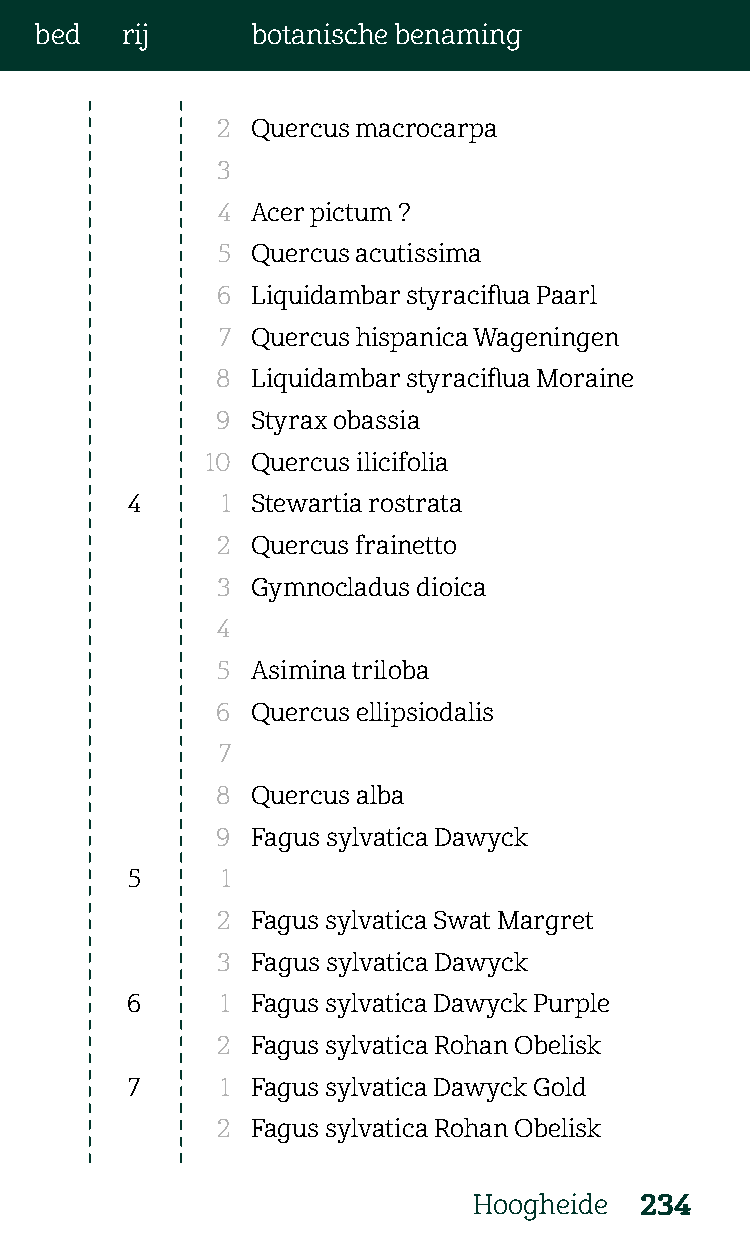
bed   rij      botanische benaming
 2  Quercus macrocarpa
 3
 4  Acer pictum ?
 5  Quercus acutissima
 6  Liquidambar styraciflua Paarl
 7  Quercus hispanica Wageningen
 8  Liquidambar styraciflua Moraine
 9  Styrax obassia
 10 Quercus ilicifolia
 4      1 Stewartia rostrata
 2  Quercus frainetto
 3  Gymnocladus dioica
 4
 5  Asimina triloba
 6  Quercus ellipsiodalis
 7
 8  Quercus alba
 9  Fagus sylvatica Dawyck
 5      1
 2  Fagus sylvatica Swat Margret
 3  Fagus sylvatica Dawyck
 6      1 Fagus sylvatica Dawyck Purple
 2  Fagus sylvatica Rohan Obelisk
 7     1 Fagus sylvatica Dawyck Gold
 2  Fagus sylvatica Rohan Obelisk
 Hoogheide  234